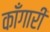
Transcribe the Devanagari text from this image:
काँगारी